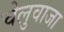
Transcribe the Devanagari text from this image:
चेलुवाजा